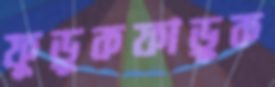
ফুড়ুকফাড়ুক